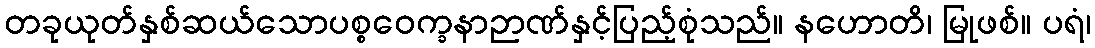
တခုယုတ်နှစ်ဆယ်သောပစ္စဝေက္ခနာဉာဏ်နှင့်ပြည့်စုံသည်။ နဟောတိ၊ မြုဖစ်။ ပရံ၊